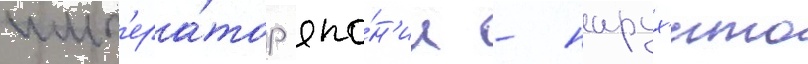
имп'ера́тор япо́н'ии - нарух'ито